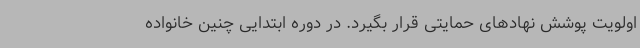
اولویت پوشش نهادهای حمایتی قرار بگیرد. در دوره ابتدایی چنین خانواده